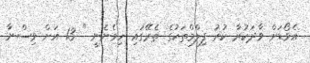
އެވޯޑަށް ވާދަކުރާ ކުރު ފިލްމްތަކުގެ ތެރޭގައި ހިމެނެނީ " 13 އަށް ވިސްނާ